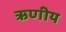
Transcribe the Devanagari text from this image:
ऋणीय